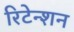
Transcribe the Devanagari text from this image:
रिटेन्शन